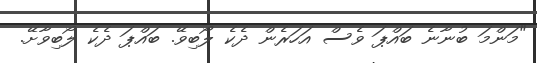
"މަންމަ ބުނާނެ ބައްޕަ ވެސް އަހަރެން ދެކެ ލޯބިވޭ. ބައްޕަ ދެކެ ލޯބިވާށޭ.